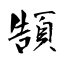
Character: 頶